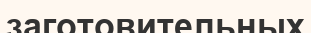
заготовительных